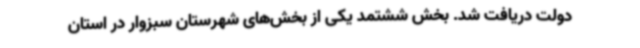
دولت دریافت شد. بخش ششتمد یکی از بخش‌های شهرستان سبزوار در استان